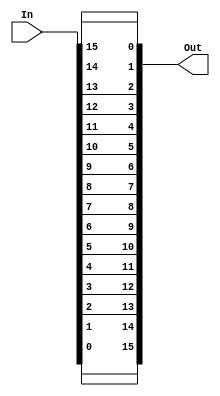
// Bit reverser.
module btr (In, Out);
  input [15:0] In;
  output [15:0] Out;
  
  assign Out[15] = In[0];
  assign Out[14] = In[1];
  assign Out[13] = In[2];
  assign Out[12] = In[3];
  assign Out[11] = In[4];
  assign Out[10] = In[5];
  assign Out[9] = In[6];
  assign Out[8] = In[7];
  assign Out[7] = In[8];
  assign Out[6] = In[9];
  assign Out[5] = In[10];
  assign Out[4] = In[11];
  assign Out[3] = In[12];
  assign Out[2] = In[13];
  assign Out[1] = In[14];
  assign Out[0] = In[15];
endmodule